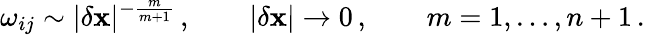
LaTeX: \omega_{ij}\sim|\delta{\mathbf{x}}|^{-\frac{m}{m+1}}\, ,\qquad|\delta{\mathbf{x}}|\to 0\, ,\qquad m=1,\dots,n+1\, .